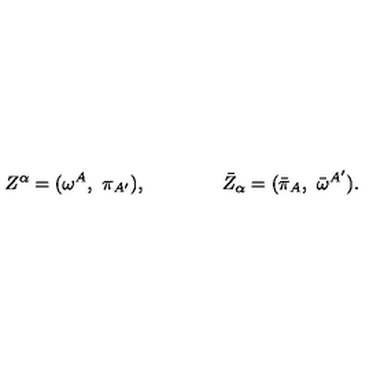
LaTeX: Z ^ { \alpha } = ( \omega ^ { A } , \ \pi _ { A ^ { \prime } } ) , \qquad \qquad { \bar { Z } } _ { \alpha } = ( { \bar { \pi } _ { A } } , \ { \bar { \omega } } ^ { A ^ { \prime } } ) .